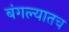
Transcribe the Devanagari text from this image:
बंगल्यातच